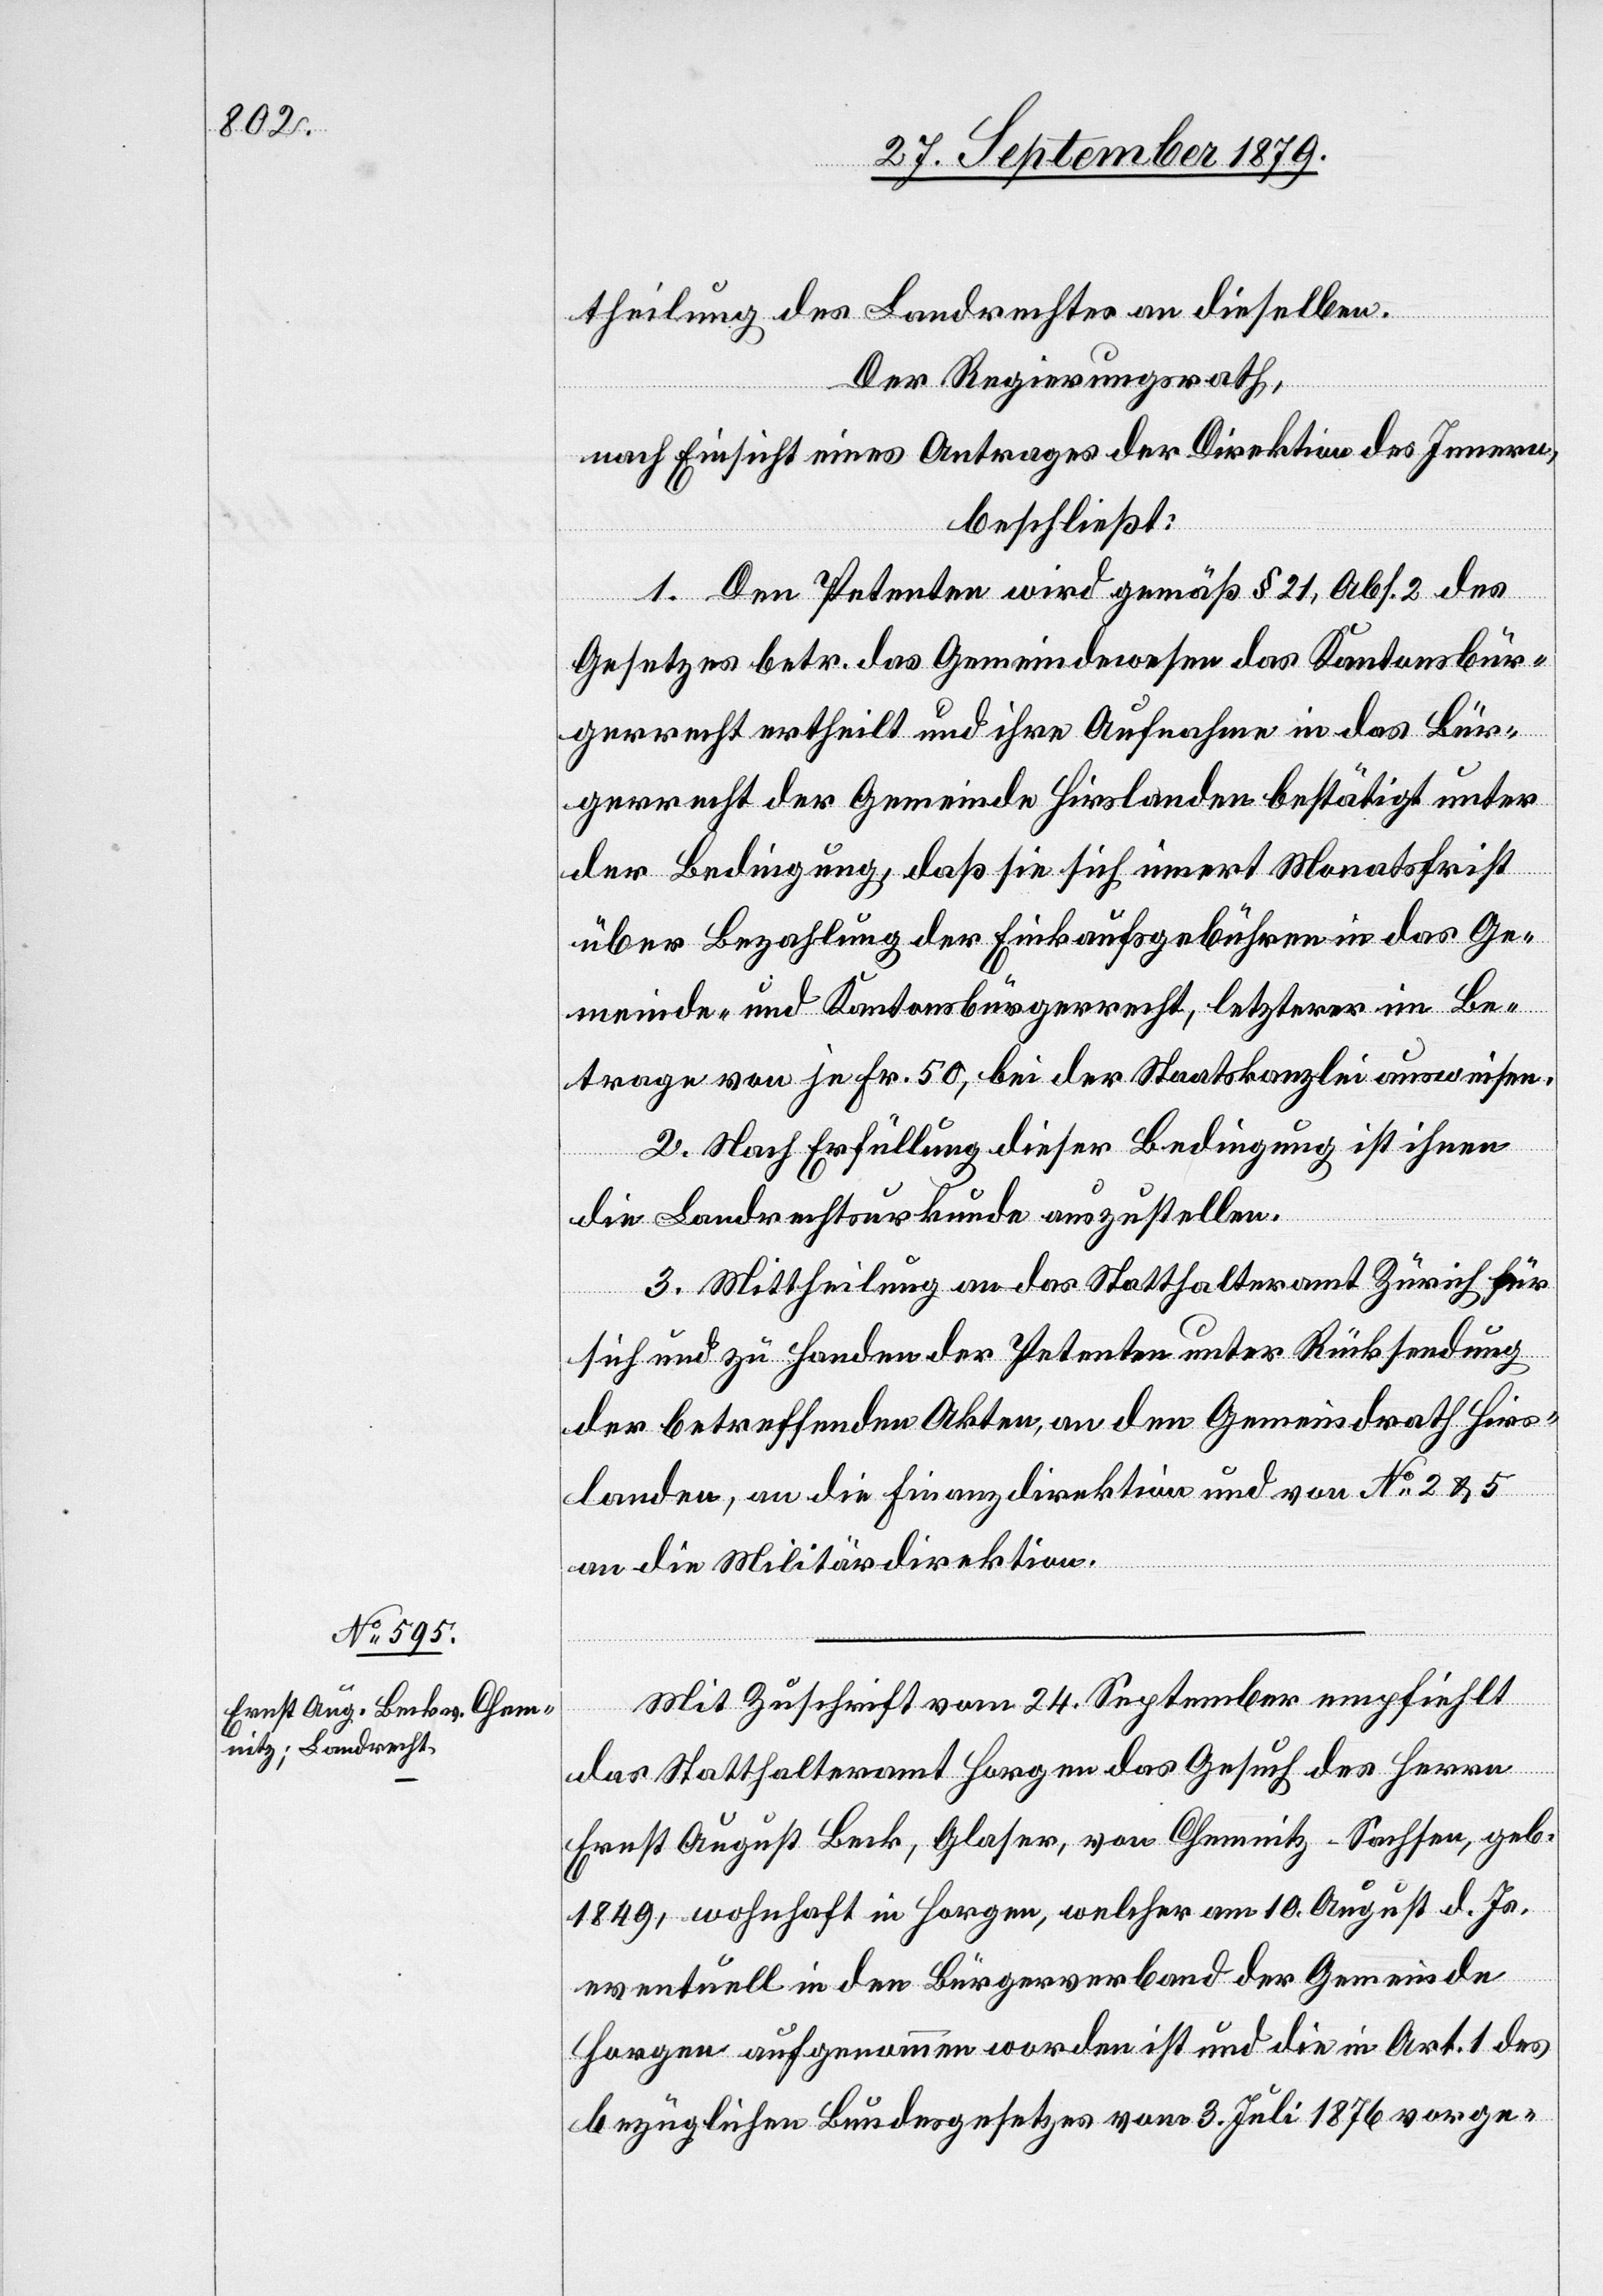
theilung des Landrechtes an dieselben.
Der Regierungsrath,
nach Einsicht eines Antrages der Direktion des Innern,
beschließt:
1. Den Petenten wird gemäß § 21, Abs. 2 des
Gesetzes betr. das Gemeindewesen das Kantonsbür¬
gerrecht ertheilt und ihre Aufnahme in das Bür¬
gerrecht der Gemeinde Hirslanden bestätigt unter
der Bedingung, daß sie sich innert Monatsfrist
über Bezahlung der Einkaufsgebühren in das Ge¬
meinde- und Kantonsbürgerrecht, letzterer im Be¬
trage von je Fr. 50, bei der Staatskanzlei ausweisen.
2. Nach Erfüllung dieser Bedingung ist ihnen
die Landrechtsurkunde auszustellen.
3. Mittheilung an das Statthalteramt Zürich für
sich und zu Handen der Petenten unter Rücksendung
der betreffenden Akten, an den Gemeindrath Hirs¬
landen, an die Finanzdirektion und von No 2 & 5
an die Militärdirektion.
Mit Zuschrift vom 24. September empfiehlt
das Statthalteramt Horgen das Gesuch des Herrn
Ernst August Beck, Glaser, von Chemnitz - Sachsen, geb.
1849, wohnhaft in Horgen, welcher am 10. August d. Js.
eventuell in den Bürgerverband der Gemeinde
Horgen aufgenommen worden ist und die in Art. 1 des
bezüglichen Bundesgesetzes vom 3. Juli 1876 vorge-